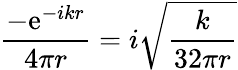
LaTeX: {\frac{-\mathrm{e}^{-ikr}}{4\pi r}}=i{\sqrt{\frac{k}{32\pi r}}}